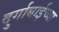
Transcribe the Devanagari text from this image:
दुर्गाबाईच्या